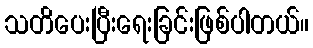
သတိပေးပြီးရေးခြင်းဖြစ်ပါတယ်။